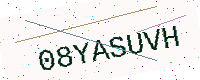
Text: 08YASUVH